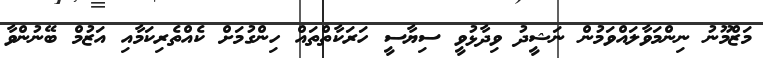
މަޒްމޫނު ނިންމަވާލައްވަމުން ނަޝީދު ވިދާޅުވީ ސިޔާސީ ހަރަކާތްތައް ހިންގުމަށް ކެއްތެރިކަމާއި އަޒުމް ބޭނުންވާ